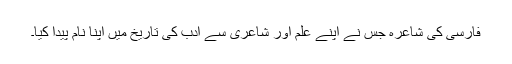
فارسی کی شاعرہ جس نے اپنے علم اور شاعری سے ادب کی تاریخ میں اپنا نام پیدا کیا۔